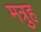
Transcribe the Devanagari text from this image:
मत्रुह